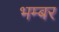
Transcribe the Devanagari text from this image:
भम्बर